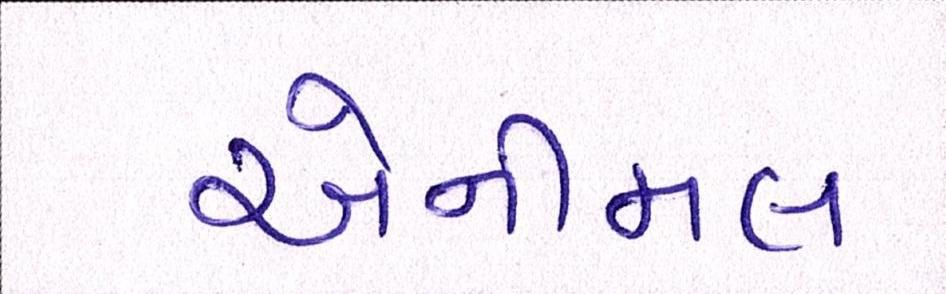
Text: એનીમલ